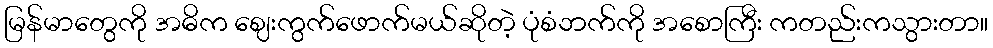
မြန်မာတွေကို အဓိက ဈေးကွက်ဖောက်မယ်ဆိုတဲ့ ပုံစံဘက်ကို အစောကြီး ကတည်းကသွားတာ။